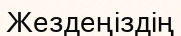
Жездеңіздің